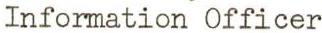
Information Officer